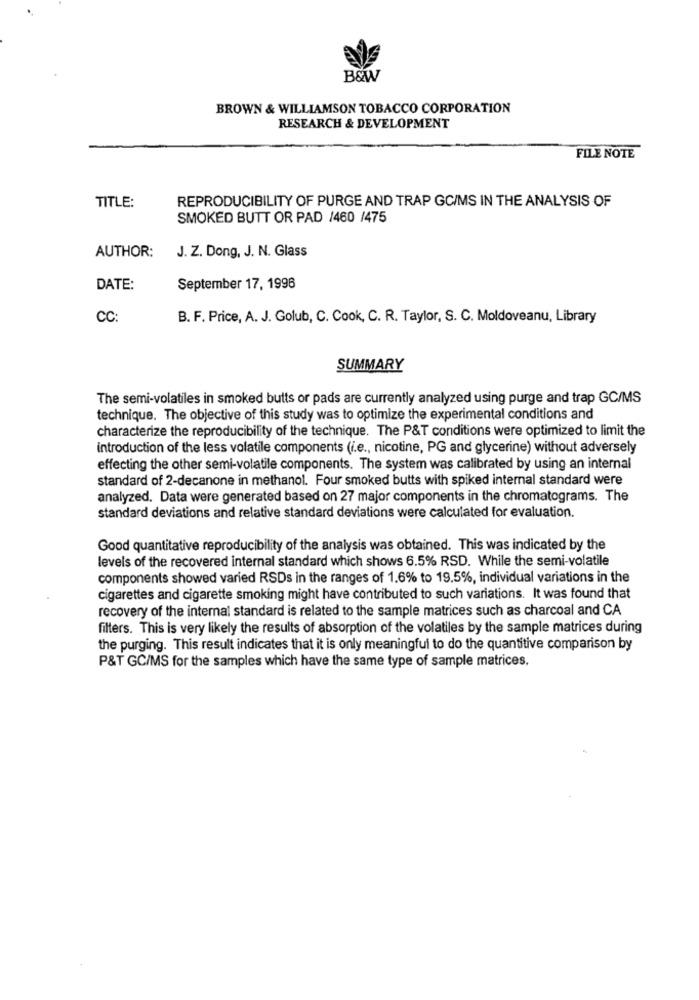
B&W
BROWN & WILLIAMSON TOBACCO CORPORATION
RESEARCH & DEVELOPMENT
FILE NOTE
TITLE:
REPRODUCIBILITY OF PURGE AND TRAP GC/MS IN THE ANALYSIS OF
SMOKED BUTT OR PAD /460 /475
J. Z. Dong, J. N. Glass
AUTHOR:
DATE:
September 17, 1996
CC
B. F. Price, A. J. Golub, C. Cook, C. R. Taylor, S. C. Moldoveanu, Library
SUMMARY
The semi-volatiles in smoked butts or pads are currently analyzed using purge and trap GC/MS
technique. The objective of this study was to optimize the experimental conditions and
characterize the reproducibility of the technique. The P&T conditions were optimized to limit the
introduction of the less volatile components (i.e ., nicotine, PG and glycerine) without adversely
effecting the other semi-volatile components. The system was calibrated by using an internal
standard of 2-decanone in methanol. Four smoked butts with spiked internal standard were
analyzed. Data were generated based on 27 major components in the chromatograms. The
standard deviations and relative standard deviations were calculated for evaluation.
Good quantitative reproducibility of the analysis was obtained. This was indicated by the
levels of the recovered internal standard which shows 6.5% RSD. While the semi-volatile
components showed varied RSDs in the ranges of 1.6% to 19.5%, individual variations in the
cigarettes and cigarette smoking might have contributed to such variations. It was found that
recovery of the internal standard is related to the sample matrices such as charcoal and CA
filters. This is very likely the results of absorption of the volatiles by the sample matrices during
the purging. This result indicates that it is only meaningful to do the quantitive comparison by
P&T GC/MS for the samples which have the same type of sample matrices.